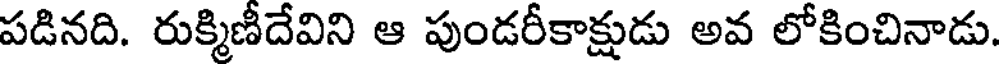
పడినది. రుక్మిణీదేవిని ఆ పుండరీకాక్షుడు అవ లోకించినాడు.